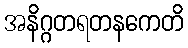
အနိဂ္ဂတရတနကေတိ